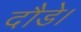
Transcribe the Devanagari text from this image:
दौडे।